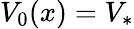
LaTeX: V_{0}(x)=V_{*}